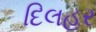
દિલહર